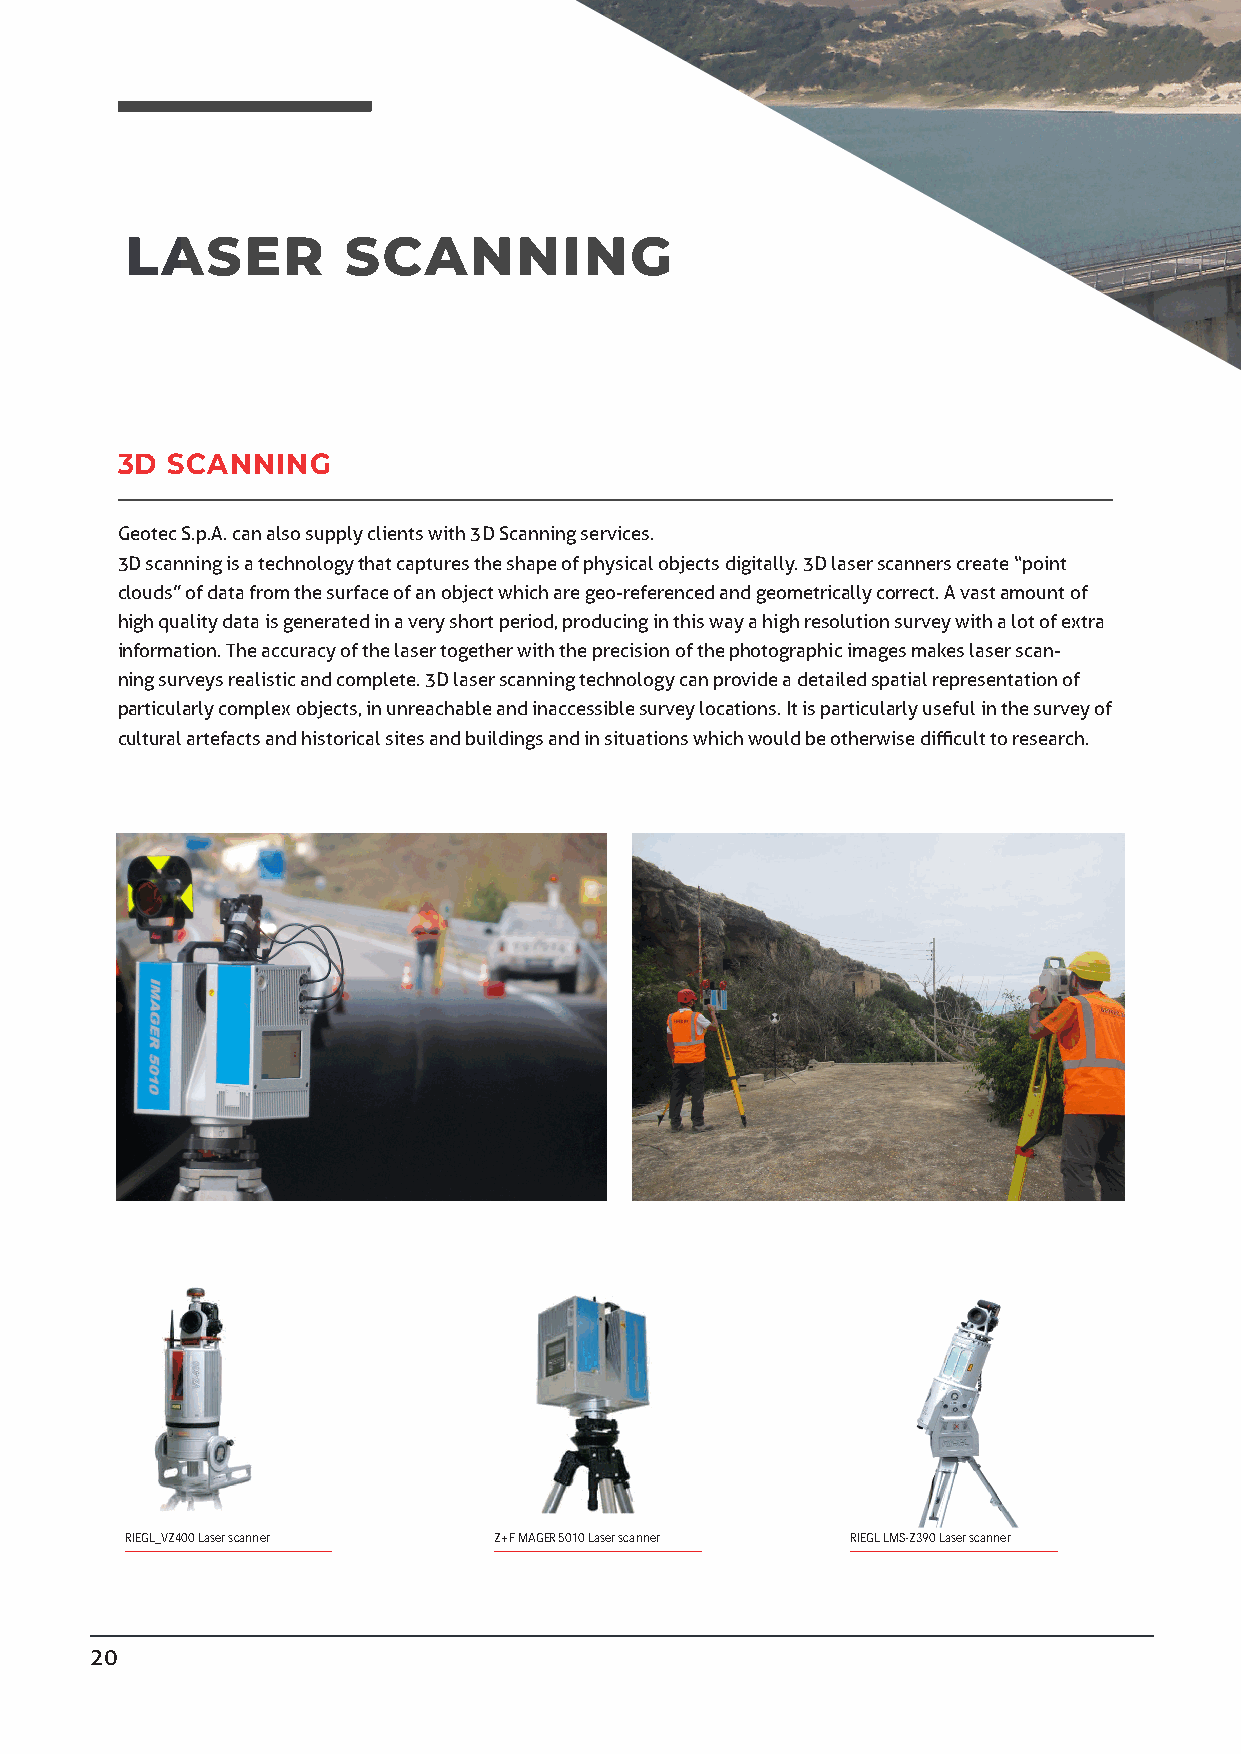
GEOTECSPA.COM
 LASER          SCANNING
 3D SCANNING
 Geotec S.p.A. can also supply clients with 3D Scanning services.
 3D scanning is a technology that captures the shape of physical objects digitally. 3D laser scanners create “point
 clouds” of data from the surface of an object which are geo-referenced and geometrically correct. A vast amount of
 high quality data is generated in a very short period, producing in this way a high resolution survey with a lot of extra
 information. The accuracy of the laser together with the precision of the photographic images makes laser scan-
 ning surveys realistic and complete. 3D laser scanning technology can provide a detailed spatial representation of
 particularly complex objects, in unreachable and inaccessible survey locations. It is particularly useful in the survey of
 cultural artefacts and historical sites and buildings and in situations which would be otherwise difficult to research.
 RIEGL_VZ400 Laser scanner Z+F MAGER 5010 Laser scanner RIEGL LMS-Z390 Laser scanner
 20